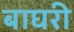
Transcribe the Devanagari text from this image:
बाघरी